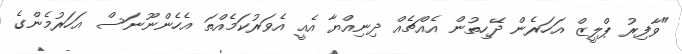
"ވާފިރު ޕްލީޒް އަހަރެން ދޭހިތުން އެއްޗެއް ދިނިއްޔާ އެއީ އެވަރުކަމެއްތަ އެހެންނޫނަސް އަހަރުމެންގެ